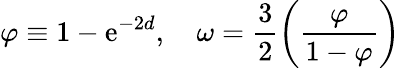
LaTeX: \varphi\equiv1-\mathrm{e}^{-2d},\quad\omega=\frac{{3}}{{2}}\left(\frac{{\varphi}}{{1-\varphi}}\right)